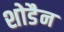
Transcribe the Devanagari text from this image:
शोडैन